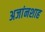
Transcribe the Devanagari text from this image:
अजांनशाह